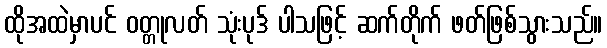
ထိုအထဲမှာပင် ဝတ္တုလတ် သုံးပုဒ် ပါသဖြင့် ဆက်တိုက် ဖတ်ဖြစ်သွားသည်။